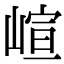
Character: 𡺟